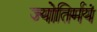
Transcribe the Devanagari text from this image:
ज्योतिर्मयं